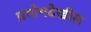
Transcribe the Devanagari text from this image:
प्रयोगदेखील